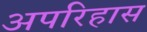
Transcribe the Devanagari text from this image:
अपरिहास